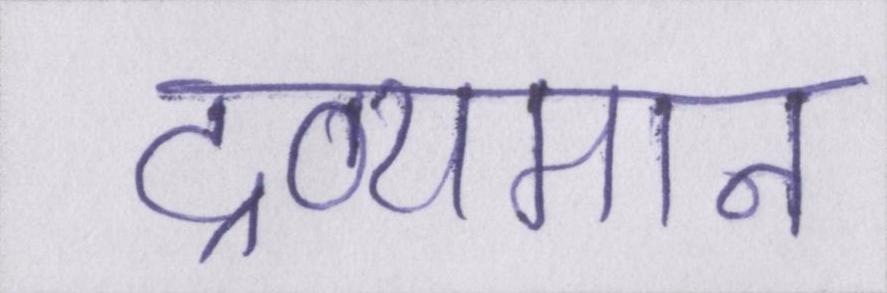
द्रव्यमान